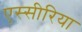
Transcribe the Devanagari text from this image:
एस्सीरिया